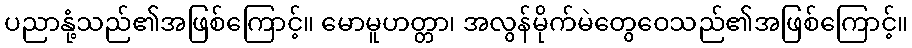
ပညာနုံ့သည်၏အဖြစ်ကြောင့်။ မောမူဟတ္တာ၊ အလွန်မိုက်မဲတွေဝေသည်၏အဖြစ်ကြောင့်။